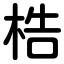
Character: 梏